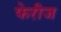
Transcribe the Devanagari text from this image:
फेरीज